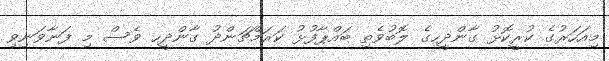
މިއަހަރުގެ ކުރީކޮޅު ގާންދީހގެ ލޮބުވެތި ބައްޕާފުޅު ކަރަމްޗަންދު ގާންދީހ ވެސް މި ފަނާވަނިވި